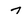
Character: 7